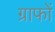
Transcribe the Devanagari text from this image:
ग्राफों